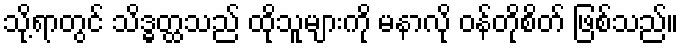
သို့ရာတွင် သိဒ္ဓတ္ထသည် ထိုသူများကို မနာလို ဝန်တိုစိတ် ဖြစ်သည်။